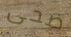
ضحى